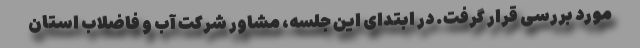
مورد بررسی قرار گرفت. در ابتدای این جلسه، مشاور شرکت آب و فاضلاب استان